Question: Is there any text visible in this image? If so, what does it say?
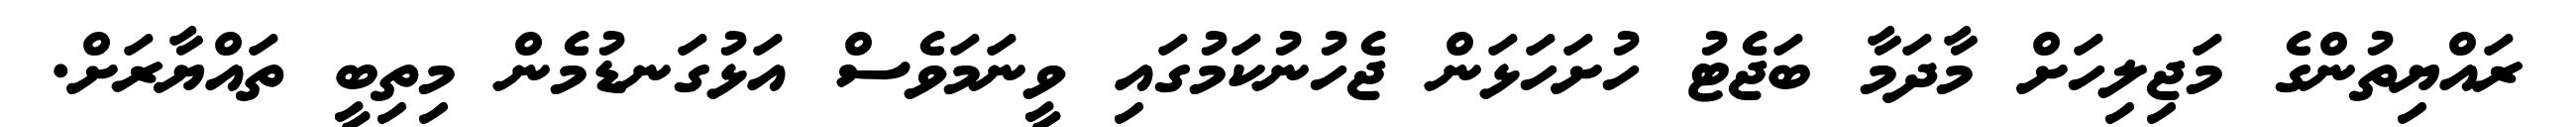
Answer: ރައްޔިތުންގެ މަޖިލިހަށް މާދަމާ ބަޖެޓު ހުށަހަޅަން ޖެހުނުކަމުގައި ވީނަމަވެސް އަޅުގަނޑުމެން މިތިބީ ތައްޔާރަށް.